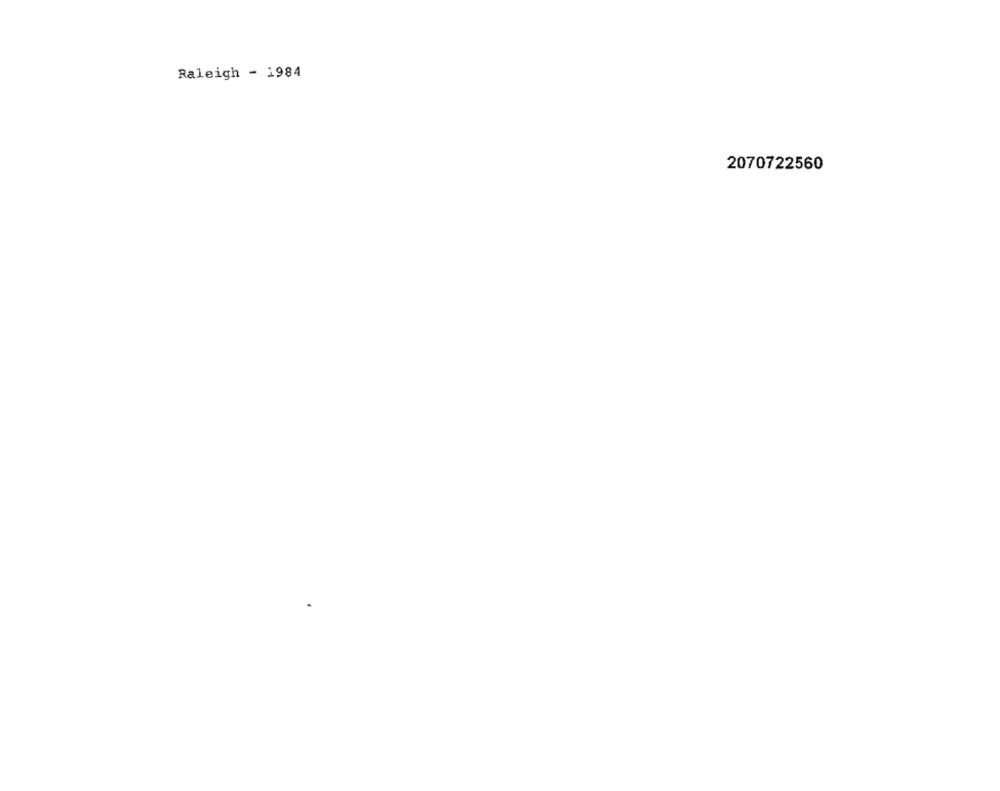
Raleigh - 1984
2070722560